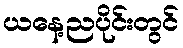
ယနေ့ညပိုင်းတွင်